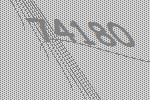
74180